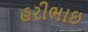
હરીભાઇ